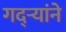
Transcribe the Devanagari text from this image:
गद्र्‍यांने